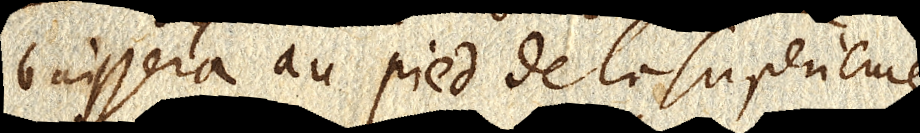
baissera au pied de la superieure